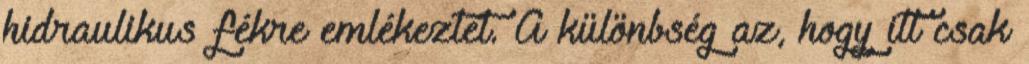
hidraulikus fékre emlékeztet. A különbség az, hogy itt csak